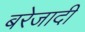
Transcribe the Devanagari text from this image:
बरेजादी